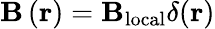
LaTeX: \mathbf{B}\left(\mathbf{r}\right)=\mathbf{B_{\mathrm{local}}}\delta(\mathbf{r})